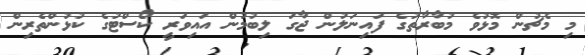
މި މެޗުން މޮޅުވެ މުބާރާތުގެ ފައިނަލުން ޖާގަ ލިބުމުން އައިވަރީ ކޯސްޓުގެ ކުޅުންތެރިން